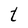
Character: t